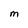
Character: M